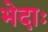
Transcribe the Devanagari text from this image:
भेदाः